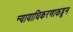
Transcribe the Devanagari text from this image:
न्यायाधिकरणाकडून